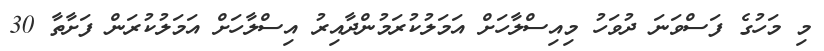
މި މަހުގެ ފަސްވަނަ ދުވަހު މިއިސްލާހަށް އަމަލުކުރަމުންދާއިރު އިސްލާހަށް އަމަލުކުރަން ފަށާތާ 30